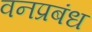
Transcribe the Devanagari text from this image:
वनप्रबंध